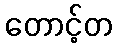
တောင့်တ